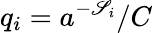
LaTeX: q_{i}=a^{-\mathscr{S}_{i}}/C